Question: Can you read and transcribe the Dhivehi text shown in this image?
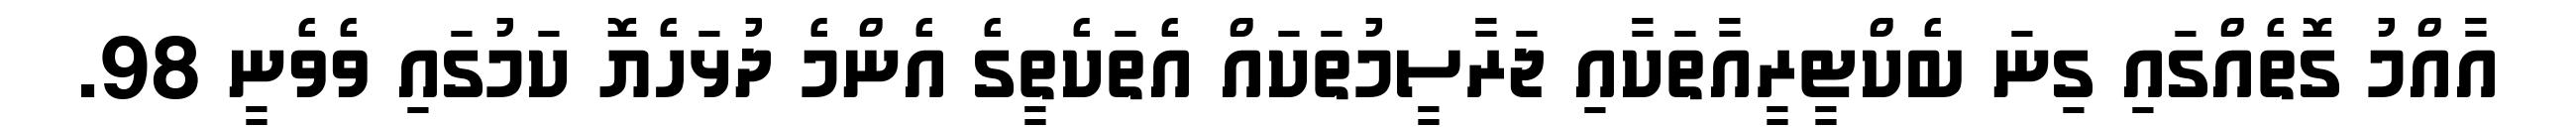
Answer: އާއްމު ގޮތެއްގައި ގިނަ ބެކްޓީރީއާތަކާއި ޖަރާސީމުތަކައް އެތަކެތީގެ އެންމެ ދުޅަހެޔޮ ކަމުގައި ވެވެނީ 98.